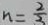
n = \frac { 2 } { 3 }